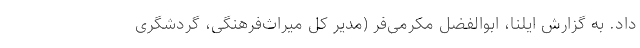
داد. به گزارش ایلنا، ابوالفضل مکرمی‌فر (مدیر کل میراث‌فرهنگی، گردشگری